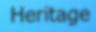
Heritage